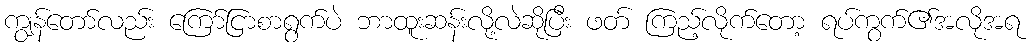
ကျွန်တော်လည်း ကြော်ငြာစာရွက်ပဲ ဘာထူးဆန်းလို့လဲဆိုပြီး ဖတ် ကြည့်လိုက်တော့ ရပ်ကွက်၏အလိုအရ